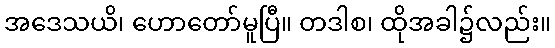
အဒေသယိ၊ ဟောတော်မူပြီ။ တဒါစ၊ ထိုအခါ၌လည်း။